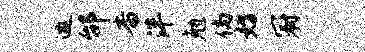
邀邰杳泮勉倘妨冠